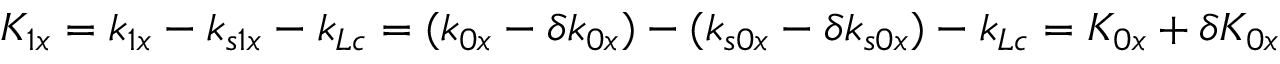
K _ { 1 x } = k _ { 1 x } - k _ { s 1 x } - k _ { L c } = ( k _ { 0 x } - \delta k _ { 0 x } ) - ( k _ { s 0 x } - \delta k _ { s 0 x } ) - k _ { L c } = K _ { 0 x } + \delta K _ { 0 x }